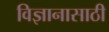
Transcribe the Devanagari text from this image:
विज्ञानासाठी